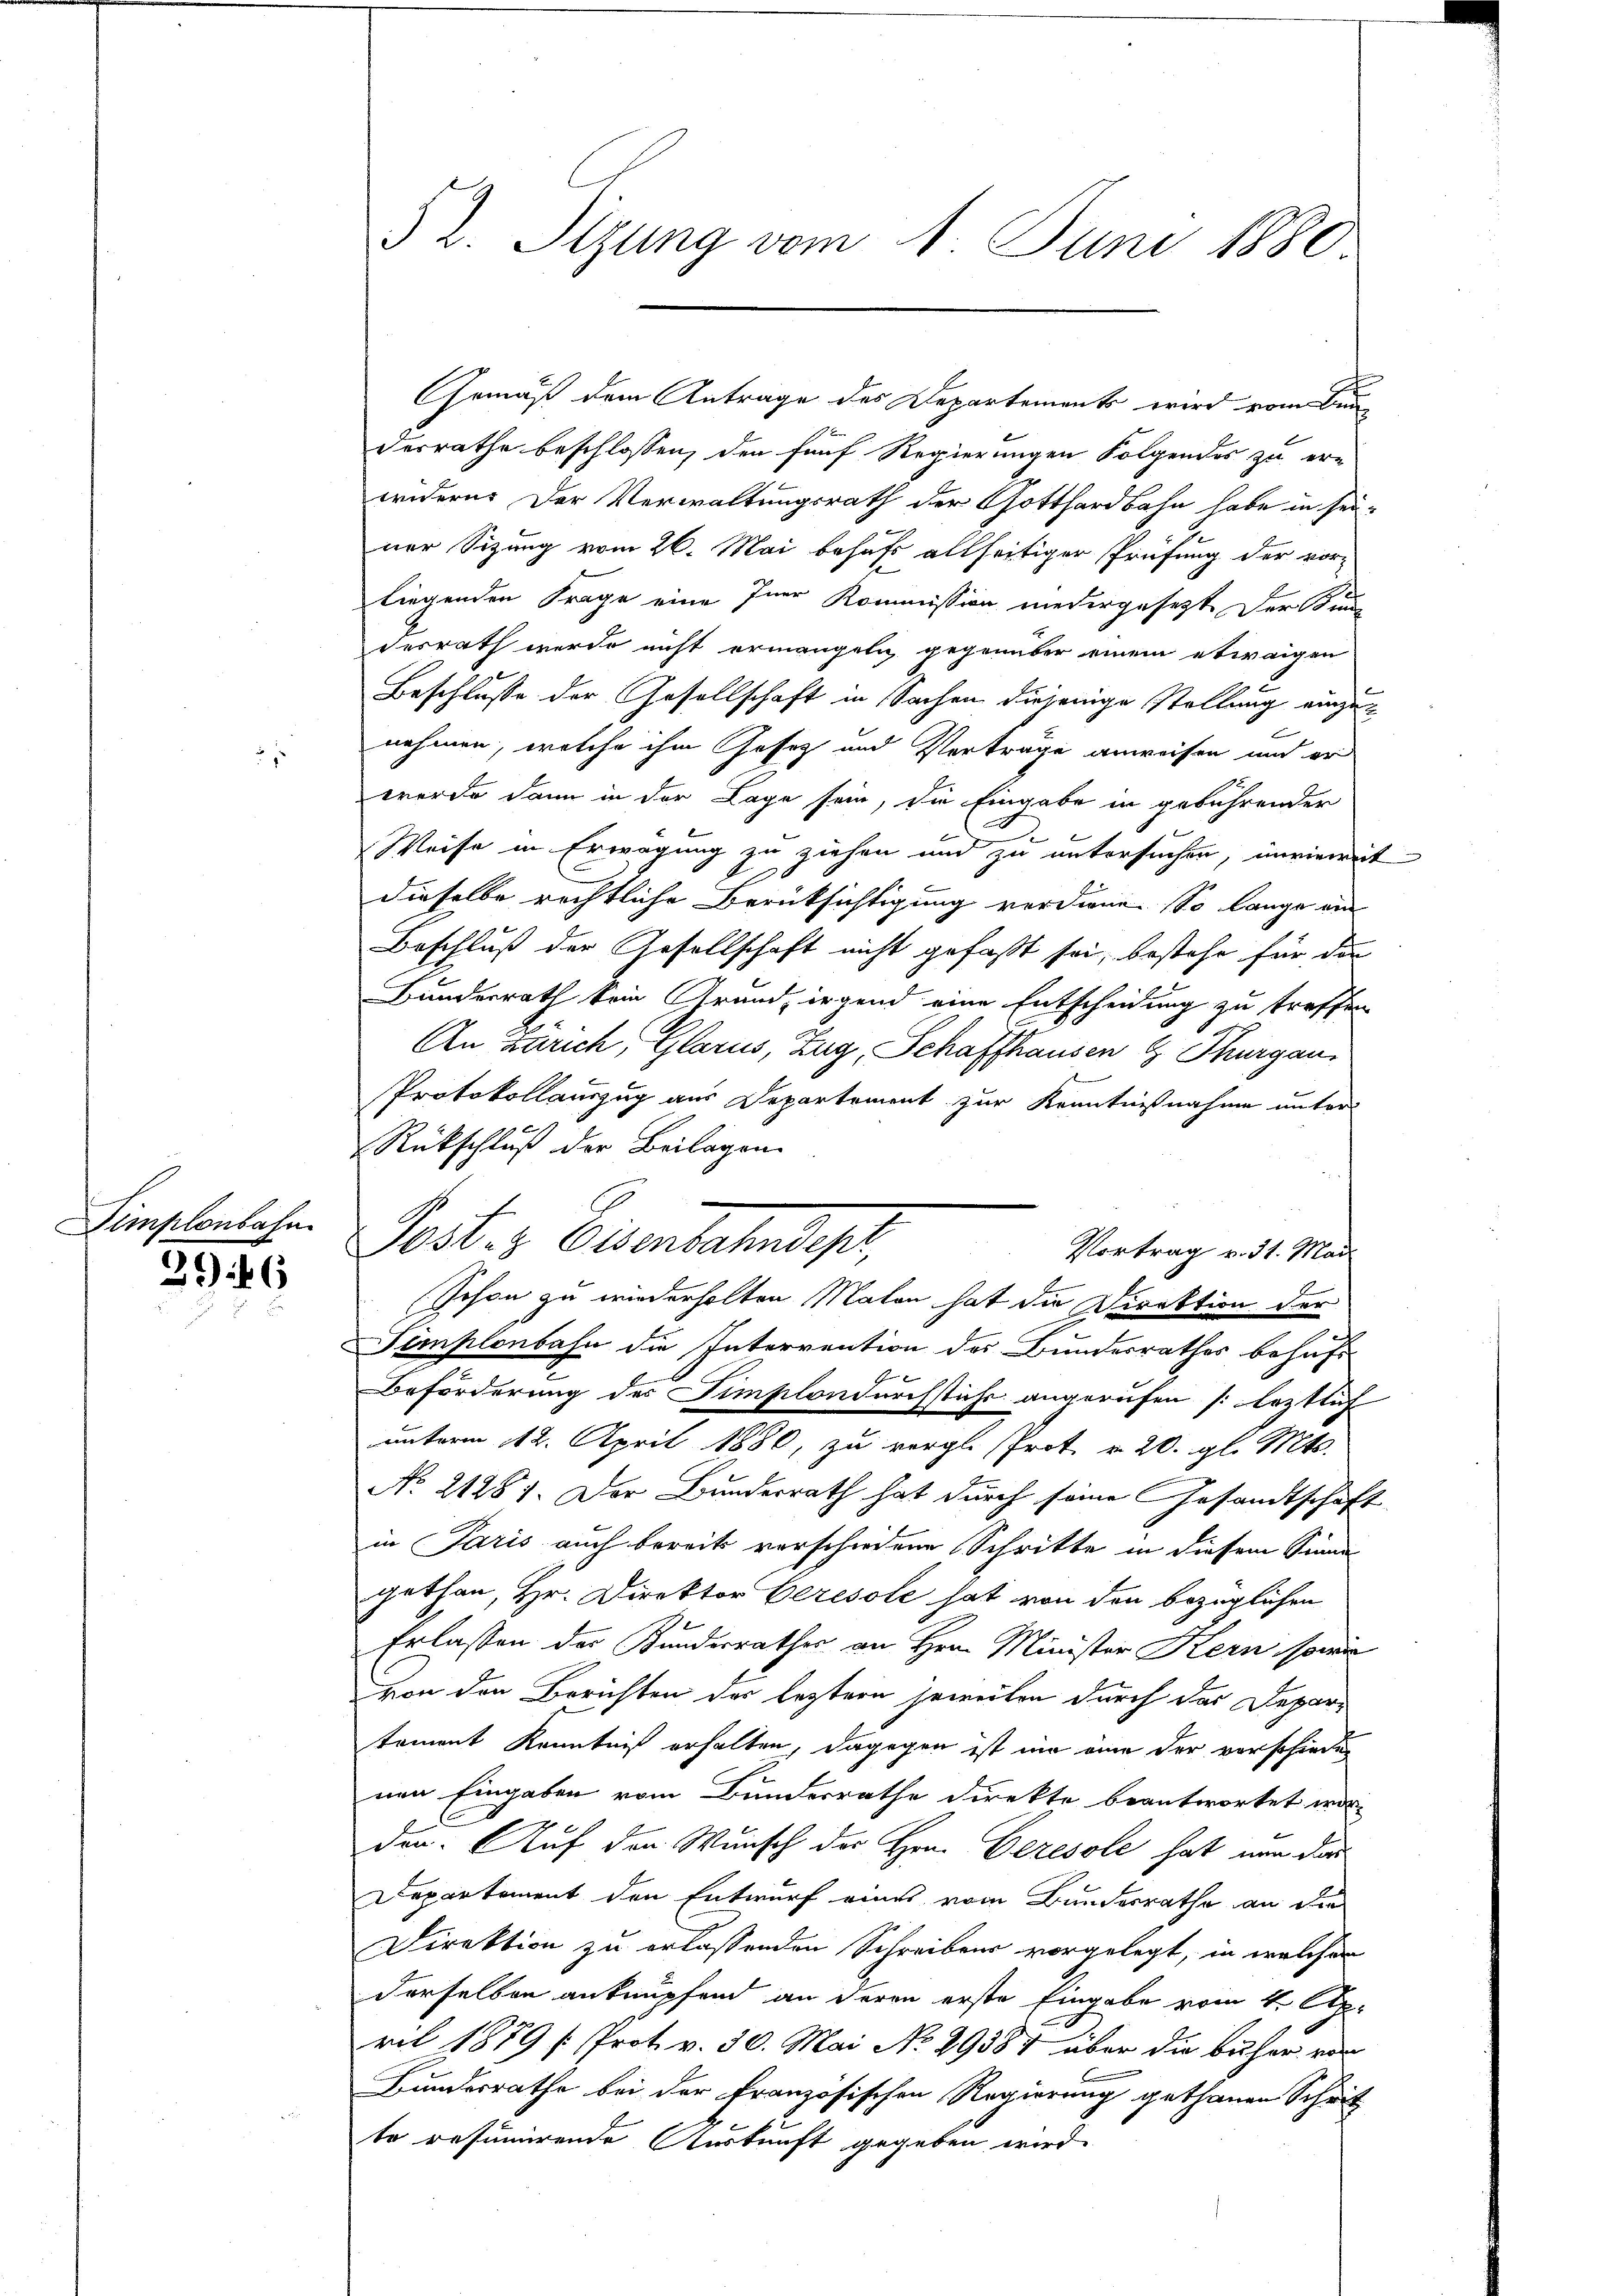
Dimplonbahn

3946

Gemäß dem Antrage des Departement wird vom Be
derrathe beschlossen, den fünf Regierungen folgendes zu er-
widern. Der Verwaltungsrath der Gotthardbahn habe in sei-
ner Sitzung vom 26. Mai behufs allseitiger Prüfung der vor-
liegenden Frage eine Iner Kommission niedergesetzt. Der Sinn
desrath wurde nicht ermangeln gegenüber einem etwaigen
Beschlusse der Gesellschaft in Sachen diejenige Stellung einzen
nehmen, welche ihm Josez und Verträge anweisen und er
werde dann in der Lage sein, die Eingabe in gebührender
Weise in Erwägung zu ziehen und zu untersuchen, inwieweit
dieselbe rechtliche Berücksichtigung verdiene. So lange ein
Beschluß der Gesellschaft nicht gefaßt sei, bestehe für die
Bunderrath kein Grund, irgend eine Entscheidung zu treffen
An Zürich, Glarus, Zug, Schaffhausen & Thurgau,
Protokollauszug aus Departement zur Kenntnißnahme unters
Rückschluß der Beilagen.
Poster Eisenbahndept,
schon zu wiederholten Maten hat die Direktion der
Simplonbahn die Intervention des Bundesrathes behufs
Beförderung des Simplondurchstiche angerufen leztlich
unterm 12. April 1880, zu vergl. Prot. v. 20. gl. Mts.
No 21281. Der Bundesrath hat durch seine Gesandtschaft
in Paris auch bereits verschiedene Schritte in diesem Sinne-
gethan, Hr. Direktor Ceresole hat von den bezüglichen
Erlassen der Bunderrathes an Hrn. Minister Kern, sowie
von den Berichten der leztern jeweilen durch das Departament Kenntniß erhalten, dagegen ist nie eine der vorschieden
nen Eingaben vom Bunderrathe direkte beantwortet wor-
den. Auf den Wunsch der Hrn. Geresole hat nun dar
Departement den Entwurf eines vom Bundesrathe an die
Direktion zu erlassenden Schreibens vorgelegt, in welchen
derselben anknüpfend an deren erste Eingabe vom 4. Apr
ril 1879 f Prot v. 30. Mai No 29384 über die beher von
Bundesrathe bei der Französischen Regierung gethanen Schrit
te resümirende Auskunft gegeben wird.

5 l. Sitzung vom 1. Juni 1880

Vortrag v. 31. Mai